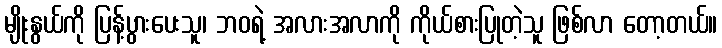
မျိုးနွယ်ကို ပြန့်ပွားပေးသူ၊ ဘဝရဲ့ အလားအလာကို ကိုယ်စားပြုတဲ့သူ ဖြစ်လာ တော့တယ်။